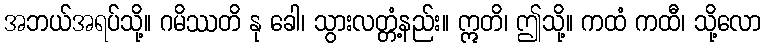
အဘယ်အရပ်သို့။ ဂမိဿတိ နု ခေါ၊ သွားလတ္တံ့နည်း။ ဣတိ၊ ဤသို့။ ကထံ ကထီ၊ သို့လော